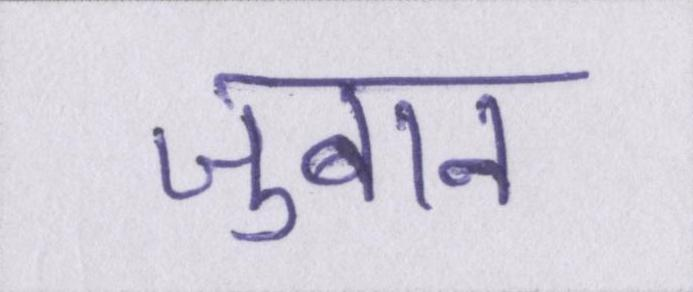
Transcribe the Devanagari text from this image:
ज़ुबान